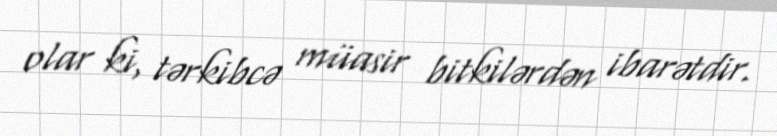
olar ki, tərkibcə müasir bitkilərdən ibarətdir.